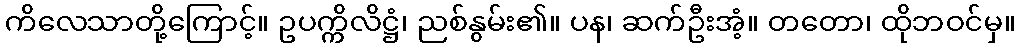
ကိလေသာတို့ကြောင့်။ ဥပက္ကိလိဋ္ဌံ၊ ညစ်နွမ်း၏။ ပန၊ ဆက်ဦးအံ့။ တတော၊ ထိုဘဝင်မှ။